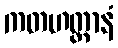
ကတဟတ္ထာနံ